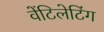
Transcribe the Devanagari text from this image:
वेंटिलेटिंग